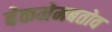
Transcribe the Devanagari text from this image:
बेकमेमबतोव